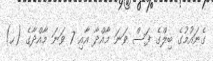
ގެނައުމުގެ ބިލްގެ ފަސް ވަނަ މާއްދާ އާއި 7 ވަނަ މާއްދާގެ (ހ)